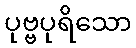
ပုဗ္ဗပုရိသော